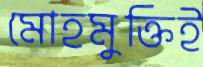
মোহমুক্তিই